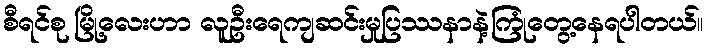
စီရင်စု မြို့လေးဟာ လူဦးရေကျဆင်းမှုပြဿနာနဲ့ကြုံတွေ့နေရပါတယ်။